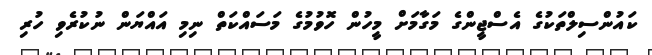
ކައުންސިލްތަކުގެ އެސްޖީންގެ މަގާމަށް މީހުން ހޮވުމުގެ މަސައްކަތް ނިމި އައްޔަން ނުކުރެވި ހުރި